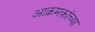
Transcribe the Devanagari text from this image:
आक्रमकांच्या